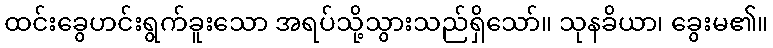
ထင်းခွေဟင်းရွက်ခူးသော အရပ်သို့သွားသည်ရှိသော်။ သုနခိယာ၊ ခွေးမ၏။